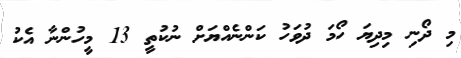
މި ދޯނި މިދިޔަ ހޯމަ ދުވަހު ކަންނެއްޔަށް ނުކުތީ 13 މީހުންނާ އެކު